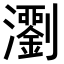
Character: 𤄉